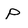
Character: P